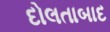
દોલતાબાદ